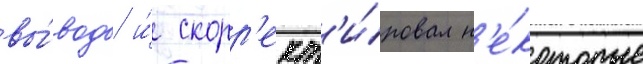
вы́воды и́ скорр'ект'и́ровал н'е́которые